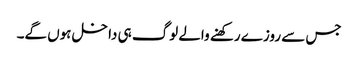
جس سے روزے رکھنے والے لوگ ہی داخل ہوں گے۔